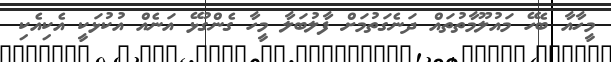
މީހާއާ ބެހޭ މައުލޫމާތުތައް ދަނެގަތުމަށް ފާލުބަލާ މީހާ ގެންގުޅޭ އަނެއް އުކުޅަކީ އެކިއެކި